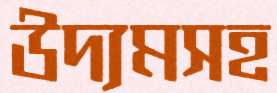
উদ্যমসহ